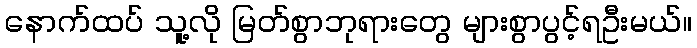
နောက်ထပ် သူ့လို မြတ်စွာဘုရားတွေ များစွာပွင့်ရဦးမယ်။